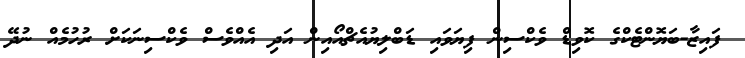
ފައިޒާ-ބަޔޮންޓެކްގެ ކޮވިޑް ވެކްސިން ފިޔަވައި ޑަބްލިޔުއެޗްއޯއިން އަދި އެއްވެސް ވެކްސިނަކަށް ރުހުމެއް ނުދޭ